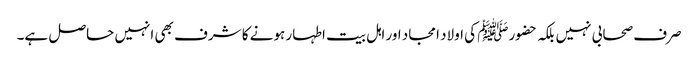
صرف صحابی نہیں بلکہ حضورﷺ کی اولاد امجاد اور اہل بیت اطہار ہونے کا شرف بھی انہیں حاصل ہے۔